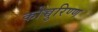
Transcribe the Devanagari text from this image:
कोच्चुरिण्ण